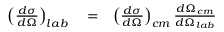
\begin{array} { r l r } { \left( \frac { d \sigma } { d \Omega } \right) _ { l a b } } & { { } = } & { \left( \frac { d \sigma } { d \Omega } \right) _ { c m } \frac { d \Omega _ { c m } } { d \Omega _ { l a b } } } \end{array}